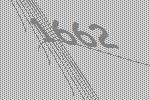
1662